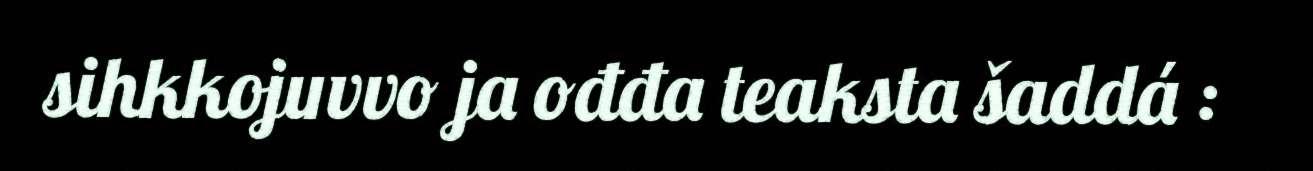
sihkkojuvvo ja ođđa teaksta šaddá :